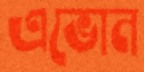
এভোন